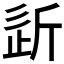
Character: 𣂠